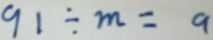
9 1 \div m = a